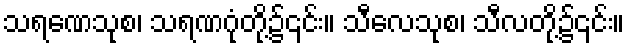
သရဏေသုစ၊ သရဏဂုံတို့၌၎င်း။ သီလေသုစ၊ သီလတို့၌၎င်း။